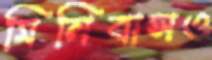
মিনিবাসও